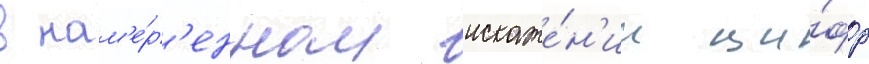
в нам'е́р'енном искаже́н'ии ци́фр